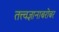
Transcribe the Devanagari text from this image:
तत्त्वज्ञानाबरोबर